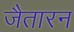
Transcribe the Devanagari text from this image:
जैतारन